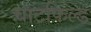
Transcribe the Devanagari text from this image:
चाटफिल्ड